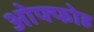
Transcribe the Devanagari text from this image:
ओफ्फोह